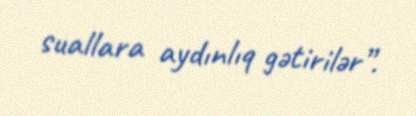
suallara aydınlıq gətirilər”.